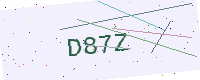
Text: D87Z